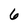
Character: 6